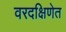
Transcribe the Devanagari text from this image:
वरदक्षिणेत